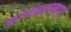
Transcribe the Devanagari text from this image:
डायफ्रामच्या